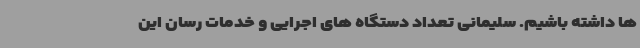
ها داشته باشیم. سلیمانی تعداد دستگاه های اجرایی و خدمات رسان این